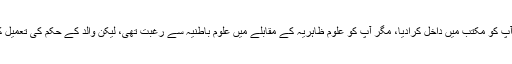
پانچ برس کی عمر میں بیدل کے والد نے آپ کو مکتب میں داخل کرادیا، مگر آپ کو علوم ظاہریہ کے مقابلے میں علومِ باطنیہ سے رغبت تھی، لیکن والد کے حکم کی تعمیل کے لیے بارہ برس تک تعلیم جاری رکھی۔